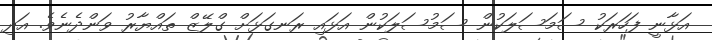
އަޅާނީ ފަހަރަކު ސަމަސަލަކުން ސަމުސަލަކުން އަޅައި ރަނގަޅަށް ގްލޭޒް ތައްޔާރު ވަންދެނެވެ. އަދި